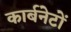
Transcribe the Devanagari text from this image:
कार्बनेटों